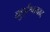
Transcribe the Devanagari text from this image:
बहुईश्वरवाद